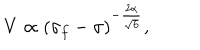
{ V \propto ( \sigma _ { f } - \sigma ) ^ { - \frac { 2 \alpha } { \sqrt { 6 } } } , }